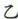
乙